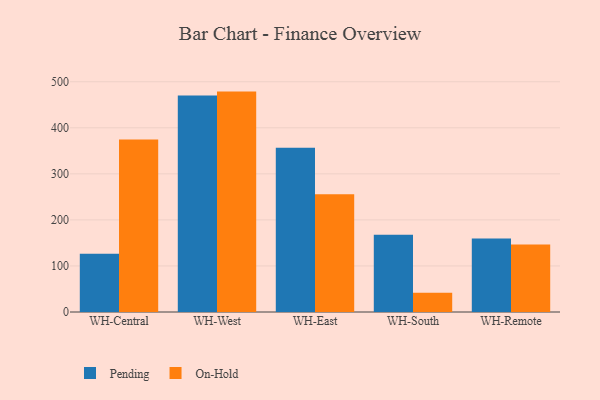
{"axis": {"x": "Warehouse", "y": "Backlog"}, "legend": ["On-Hold", "Pending"], "data": [{"x": "WH-Central", "y": 126.3, "type": "Pending"}, {"x": "WH-Central", "y": 374.4, "type": "On-Hold"}, {"x": "WH-West", "y": 470.1, "type": "Pending"}, {"x": "WH-West", "y": 478.6, "type": "On-Hold"}, {"x": "WH-East", "y": 356.6, "type": "Pending"}, {"x": "WH-East", "y": 255.6, "type": "On-Hold"}, {"x": "WH-South", "y": 167.6, "type": "Pending"}, {"x": "WH-South", "y": 41.7, "type": "On-Hold"}, {"x": "WH-Remote", "y": 159.7, "type": "Pending"}, {"x": "WH-Remote", "y": 146.7, "type": "On-Hold"}]}